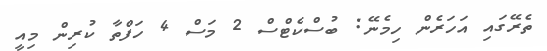
ތެރޭގައި އަހަރެން ހިމެނޭ: ބުސްކެޓްސް 2 މަސް 4 ހަފްތާ ކުރިން މިއީ